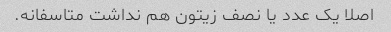
اصلا یک عدد یا نصف زیتون هم نداشت متاسفانه.